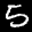
Label: 5